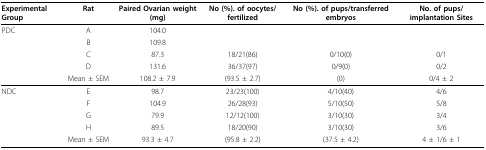
<table><thead><tr><td><b>Experimental Group</b></td><td><b>Rat</b></td><td><b>Paired Ovarian weight (mg)</b></td><td><b>No (%). of oocytes/fertilized</b></td><td><b>No (%). of pups/transferred embryos</b></td><td><b>No. of pups/implantation Sites</b></td></tr></thead><tbody><tr><td>PDC</td><td>A</td><td>104.0</td><td></td><td></td><td></td></tr><tr><td></td><td>B</td><td>109.8</td><td></td><td></td><td></td></tr><tr><td></td><td>C</td><td>87.3</td><td>18/21(86)</td><td>0/10(0)</td><td>0/1</td></tr><tr><td></td><td>D</td><td>131.6</td><td>36/37(97)</td><td>0/9(0)</td><td>0/2</td></tr><tr><td></td><td>Mean ± SEM</td><td>108.2 ± 7.9</td><td>(93.5 ± 2.7)</td><td>(0)</td><td>0/4 ± 2</td></tr><tr><td>NDC</td><td>E</td><td>98.7</td><td>23/23(100)</td><td>4/10(40)</td><td>4/6</td></tr><tr><td></td><td>F</td><td>104.9</td><td>26/28(93)</td><td>5/10(50)</td><td>5/8</td></tr><tr><td></td><td>G</td><td>79.9</td><td>12/12(100)</td><td>3/10(30)</td><td>3/4</td></tr><tr><td></td><td>H</td><td>89.5</td><td>18/20(90)</td><td>3/10(30)</td><td>3/6</td></tr><tr><td></td><td>Mean ± SEM</td><td>93.3 ± 4.7</td><td>(95.8 ± 2.2)</td><td>(37.5 ± 4.2)</td><td>4 ± 1/6 ± 1</td></tr></tbody></table>